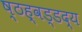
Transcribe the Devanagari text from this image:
ष्ठह्वड्डद्य